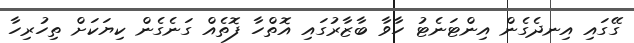
ގޭގައި އިނދެގެން އިންޓަނެޓު ހާވާ ބާޒާރުގައި އޮތްހާ ފޮތެއް ގަނެގެން ކިޔަކަށް ތިހުރިހާ